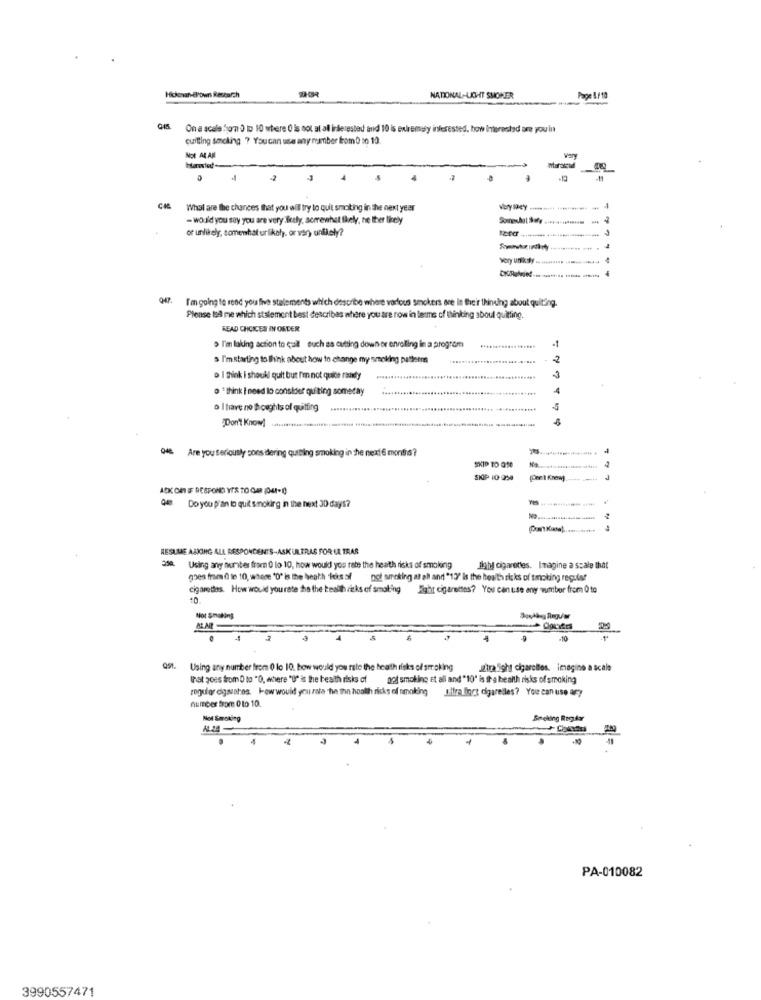
Hickevan-Brown Restarch
NATIONAL-LICHT SMOKER
Page 4/10
GIS
On a scale from 0 to 10 where 0 is not at all interested and 10 is extremely interested. how interested are you in
quitting smoking ? Youcan use any number from 0 to 10.
Not ARAM
Harsted
ntaraszad
What are the chances that you wil try to quit smoking in the next year
- would you say you are very ficely, serrewhat thely, ne Iher licely
or unlikely, somewhat urlikely. or var) ontlely?
I'm going to read you five stelements which describe where various smokers are in their thinking about quilting.
Please tell me which statement best describes where you are now in terms of thinking about quitting.
READ CHOICES IN ORDER
> I'm taking action to quil such as cutting down or enrolling in a progrom
-
s I'mstarting to think about how to change my smoking patterns
-2
D I Think i shoukl quit but I'm not quite randy
· * think I need lo consider quilting someday
..........
o I have no thoughts of quitting
Don't Know
Are you seriously pons dering quiting smoking in the next6 months?
SKIP TO 010
SKIP 10 990
7
Do you plan to quit smoking in the next 30 days?
RESUME ASKING ALL RESPONDENTS-ASK ULTRAS FOR LA TRAS
339. Using any number from 0 lo 10, how would you rate the heath risks of smoking Highl cigarettes. Imagine a scale that
goes fram d le 10, where "D" is the heath "losof pot smoking at all and "13" is the health risks of tmoking regular
cigarettes. How would yourate the the health risks of smoking Eight cigarettes? You canuse any wumbor from 0 to
Not Smoking
Q51. Using any number from 0 lo 10, how would you rate the health risks of smoking
Jiralight cigarcities. imagine a scale
That goes from 0 to "O, where "U" is the health risks of not smoking Et all and "10" is the health risks of smoking
rogulor digasares. lew would you rata hie the hoalth ricks of smoking . Iifra fors cigarelles? You can use any
number from 0 to 10.
Not Smoking
Seeking Rigky
PA-010082
3990557471